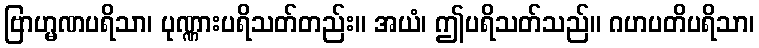
ဗြာဟ္မဏပရိသာ၊ ပုဏ္ဏားပရိသတ်တည်း။ အယံ၊ ဤပရိသတ်သည်။ ဂဟပတိပရိသာ၊